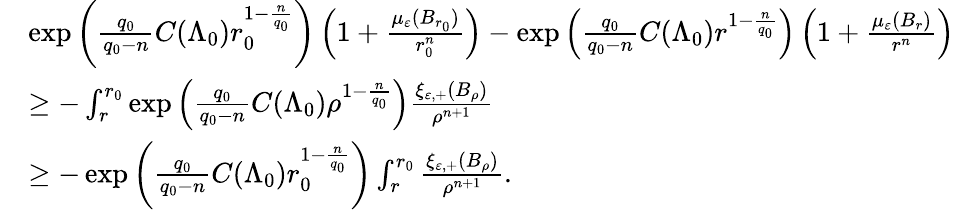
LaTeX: \begin{array}{rl}&{\exp\left(\frac{q_{0}}{q_{0}-n}C(\Lambda_{0})r_{0}^{1-\frac{n}{q_{0}}}\right)\left(1+\frac{\mu_{\varepsilon}(B_{r_{0}})}{r_{0}^{n}}\right)-\exp\left(\frac{q_{0}}{q_{0}-n}C(\Lambda_{0})r^{1-\frac{n}{q_{0}}}\right)\left(1+\frac{\mu_{\varepsilon}(B_{r})}{r^{n}}\right)}\\ &{\geq-\int_{r}^{r_{0}}\exp\left(\frac{q_{0}}{q_{0}-n}C(\Lambda_{0})\rho^{1-\frac{n}{q_{0}}}\right)\frac{\xi_{\varepsilon,+}(B_{\rho})}{\rho^{n+1}}}\\ &{\geq-\exp\left(\frac{q_{0}}{q_{0}-n}C(\Lambda_{0})r_{0}^{1-\frac{n}{q_{0}}}\right)\int_{r}^{r_{0}}\frac{\xi_{\varepsilon,+}(B_{\rho})}{\rho^{n+1}}.}\end{array}